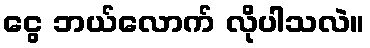
ငွေ ဘယ်လောက် လိုပါသလဲ။